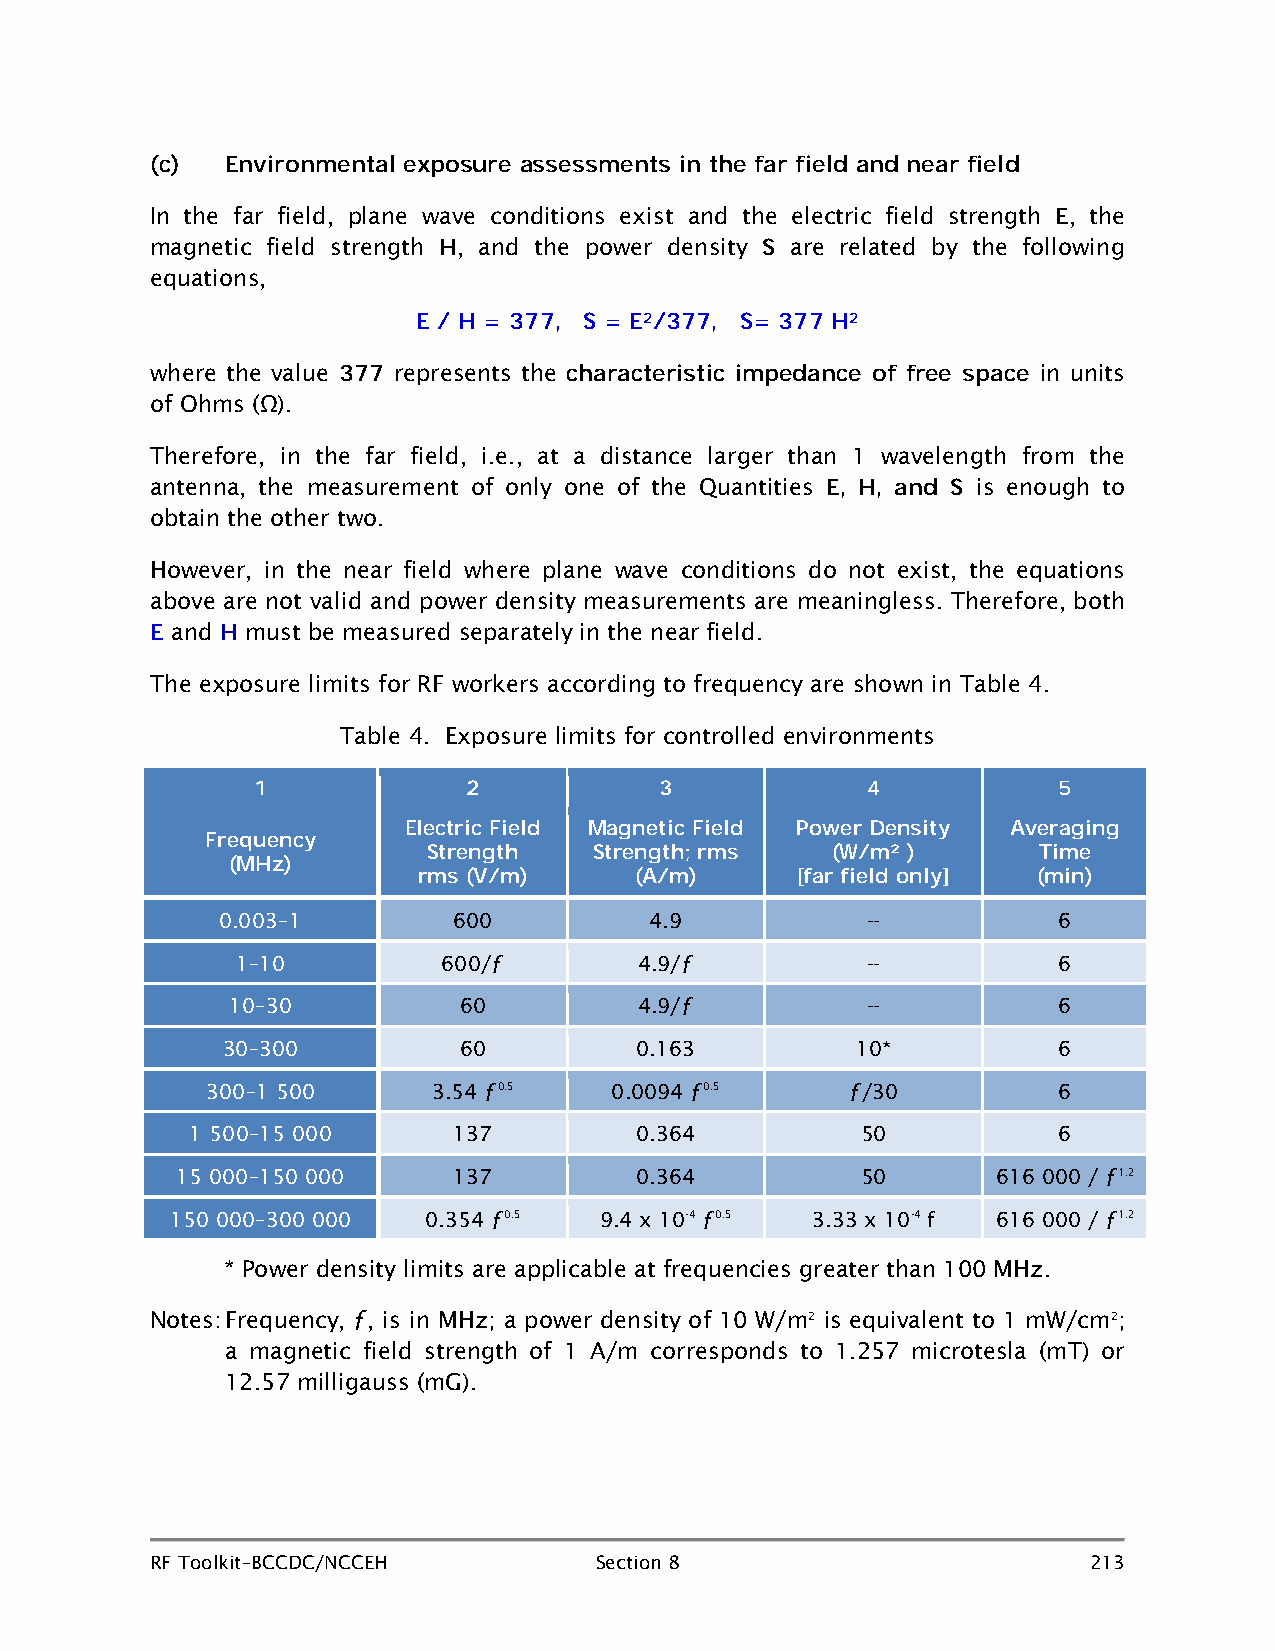
(c)  Environmental exposure assessments in the far field and near field
 In the far field, plane wave conditions exist and the electric field strength , the
 E
 magnetic field strength , and the power density are related by the following
 H                    S
 equations,
 E / H = 377, S = E2/377, S= 377 H2
 where the value represents the                             in units
 377            characteristic impedance of free space
 of Ohms (Ω).
 Therefore, in the far field, i.e., at a distance larger than 1 wavelength from the
 antenna, the measurement of only one of the Quantities is enough to
 E, H, and S
 obtain the other two.
 However, in the near field where plane wave conditions do not exist, the equations
 above are not valid and power density measurements are meaningless. Therefore, both
 and  must be measured separately in the near field.
 E    H
 The exposure limits for RF workers according to frequency are shown in Table 4.
 Table 4. Exposure limits for controlled environments
 1             2            3            4            5
 Electric Field Magnetic Field Power Density Averaging
 Frequency
 Strength   Strength; rms   (W/m² )       Time
 (MHz)
 rms (V/m)     (A/m)      [far field only] (min)
 0.003–1         600          4.9           --           6
 1–10         600/ƒ        4.9/ƒ          --           6
 10–30          60          4.9/ƒ          --           6
 30–300         60          0.163          10           6
 *
 300–1 500      3.54 ƒ0.5  0.0094 ƒ0.5     ƒ/30          6
 1 500–15 000     137         0.364          50           6
 15 000–150 000    137         0.364          50       616 000 / ƒ1.2
 150 000–300 000  0.354 ƒ0.5  9.4 x 10-4 ƒ0.5 3.33 x 10-4 f 616 000 / ƒ1.2
 Power density limits are applicable at frequencies greater than 100 MHz.
 *
 Notes: Frequency, ƒ, is in MHz; a power density of 10 W/m2 is equivalent to 1 mW/cm2;
 a magnetic field strength of 1 A/m corresponds to 1.257 microtesla (mT) or
 12.57 milligauss (mG).
 RF Toolkit–BCCDC/NCCEH       Section 8                        213